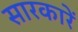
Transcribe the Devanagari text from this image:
सारकारें